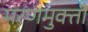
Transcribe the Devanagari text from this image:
मरणमुक्ती